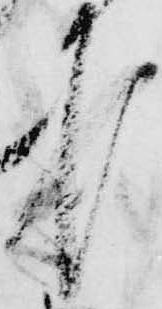
第